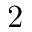
2